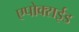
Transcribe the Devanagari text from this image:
एपोक्सईड